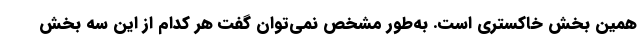
همین بخش خاکستری است. به‌طور مشخص نمی‌توان گفت هر کدام از این سه بخش